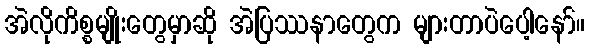
အဲလိုကိစ္စမျိုးတွေမှာဆို အဲပြဿနာတွေက များတာပဲပေါ့နော်။